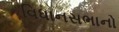
વિધાનસભાનો